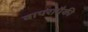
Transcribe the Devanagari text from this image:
वापरापैकी